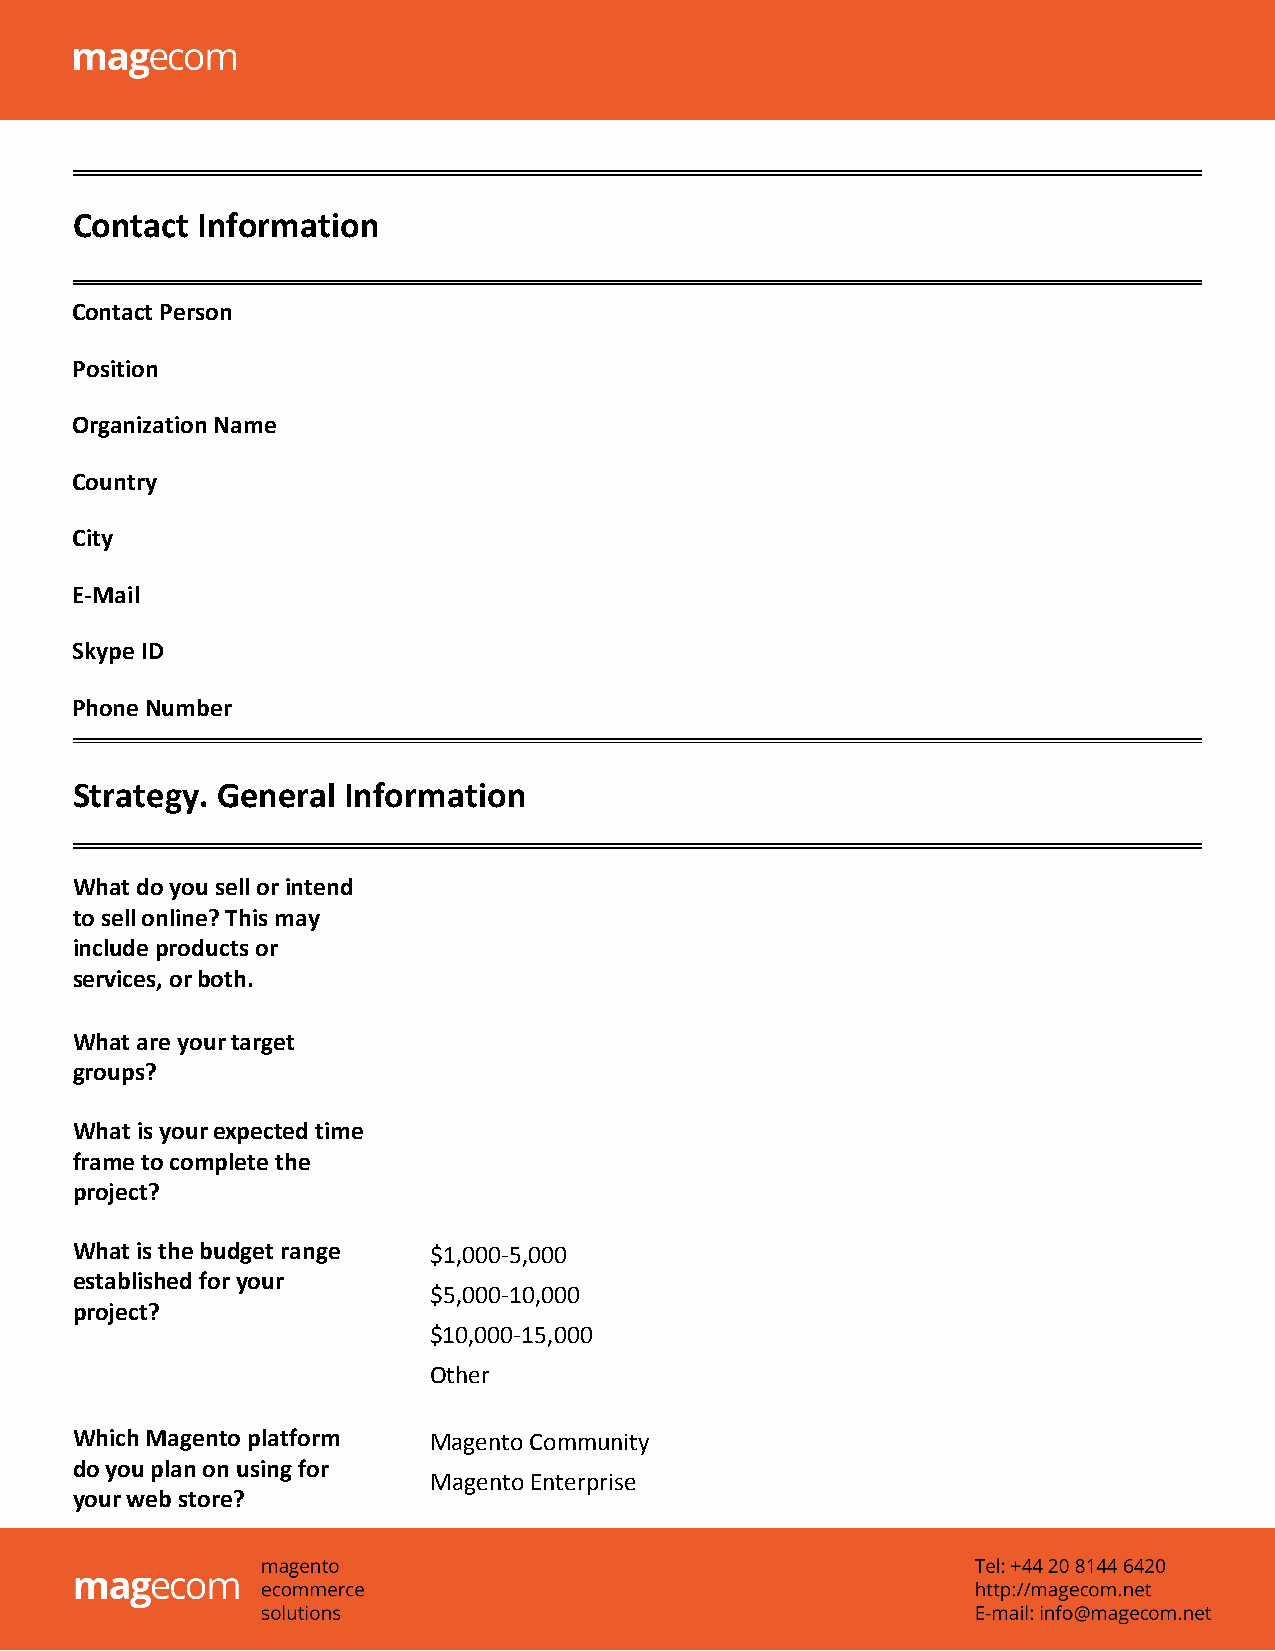
Contact Information
 Contact Person
 Position
 Organization Name
 Country
 City
 E-Mail
 Skype ID
 Phone Number
 Strategy. General Information
 What do you sell or intend
 to sell online? This may
 include products or
 services, or both.
 What are your target
 groups?
 What is your expected time
 frame to complete the
 project?
 What is the budget range $1,000-5,000
 established for your
 $5,000-10,000
 project?
 $10,000-15,000
 Other
 Which Magento platform Magento Community
 do you plan on using for
 Magento Enterprise
 your web store?